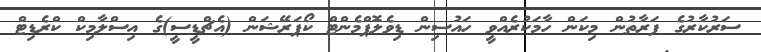
ސަރުކާރުގެ ފަރާތުން މިކަން ހާމަކުރެއްވީ ހައުސިން ޑިވެލޮޕްމެންޓް ކޯޕަރޭޝަން (އެޗްޑީސީ)ގެ އިސްލާމިކް ކްރެޑިޓް